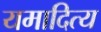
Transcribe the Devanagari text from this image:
यमादित्य